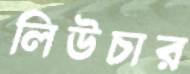
লিউচার